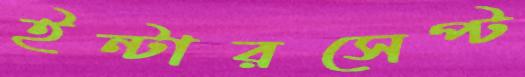
ইন্টারসেপ্ট